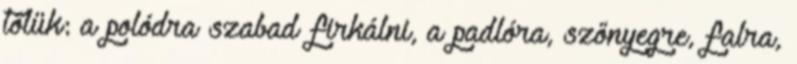
tőlük: a polódra szabad firkálni, a padlóra, szőnyegre, falra,